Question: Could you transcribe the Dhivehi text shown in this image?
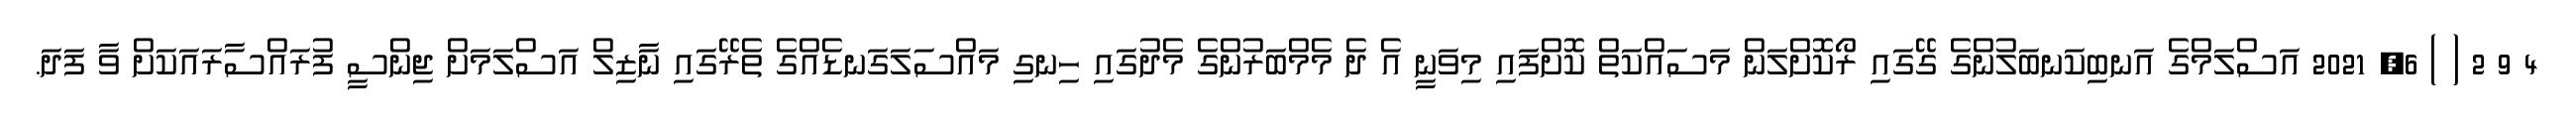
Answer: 4 9 2 ( ) 6, 2021 އަސްލަމްގެ އަނބިކަނބަލުންގެ ގޭގައި ރޯކޮށްލަން މަސައްކަތް ކޮށްފައި މިވަނީ އެ ދެ މެމްބަރުންގެ މެދުގައި ހިނގި މައްސަލަގަނޑެއްގެ ތެރޭގައި ނާޒިލް އަސްލަމަށް ޖިންސީ ފުރައްސާރައަކަށް ވާ ފަދަ.